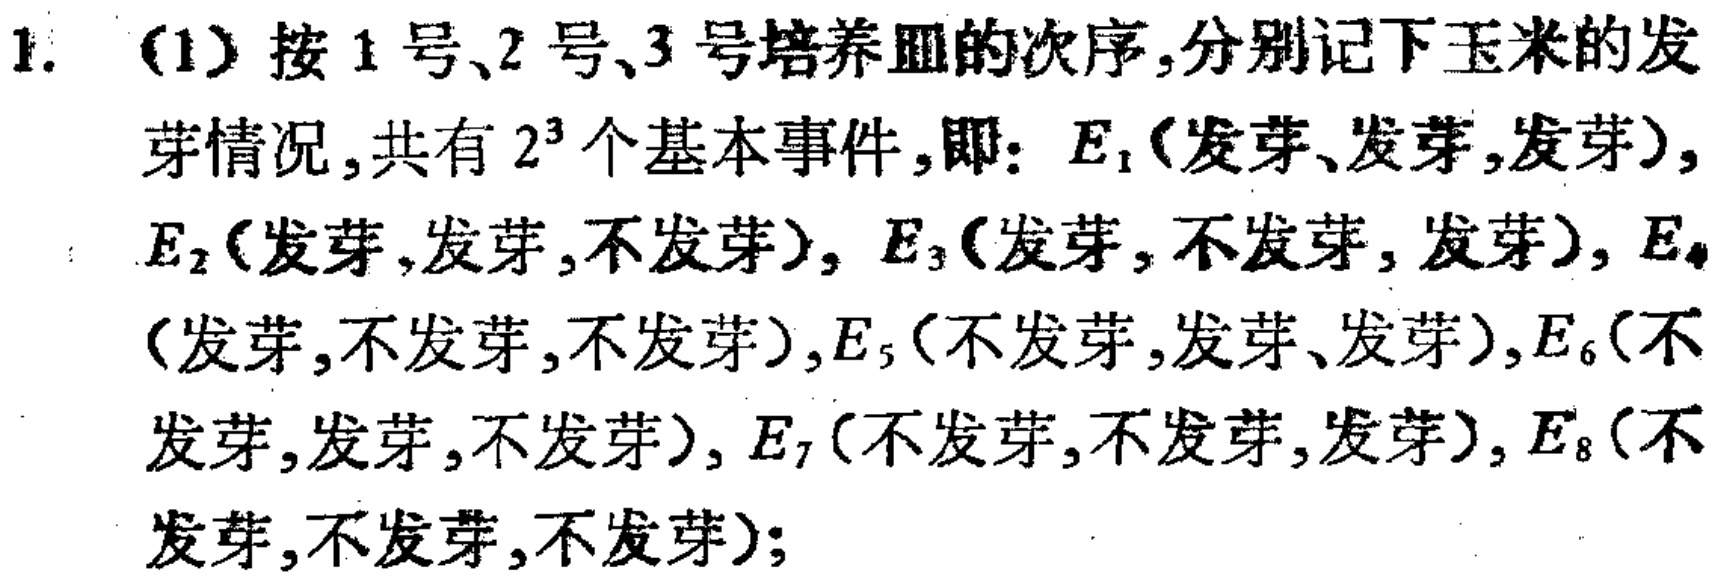
1. (1) 按1号、2号、3号培养皿的次序，分别记下玉米的发芽情况，共有 \(2^{3}\) 个基本事件，即：\(E_{1}\)(发芽、发芽，发芽)，\(E_{2}\)(发芽，发芽，不发芽)，\(E_{3}\)(发芽，不发芽，发芽)，\(E_{4}\)(发芽，不发芽，不发芽)，\(E_{5}\)(不发芽，发芽、发芽)，\(E_{6}\)(不发芽，发芽，不发芽)，\(E_{7}\)(不发芽，不发芽，发芽)，\(E_{8}\)(不发芽，不发芽，不发芽)；